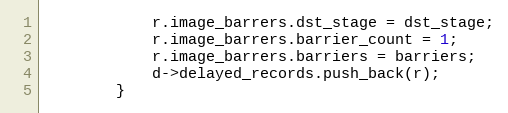
Language: C++
            r.image_barrers.dst_stage = dst_stage;
            r.image_barrers.barrier_count = 1;
            r.image_barrers.barriers = barriers;
            d->delayed_records.push_back(r);
        }